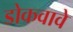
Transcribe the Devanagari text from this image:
डोकवावे